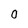
Character: O